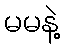
မမနဲ့